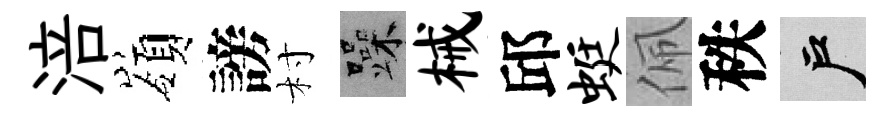
涪嶺謗村躁械邱蜓佩秩户